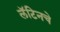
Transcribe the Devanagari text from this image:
लॅटिनचे